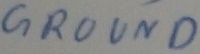
Text: GROUND